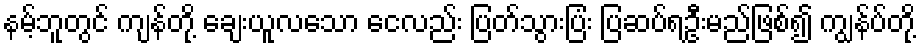
နမ့်ဘူတွင် ကျန်တို့ ချေးယူလသော ငေလည်း ပြတ်သွားပြံး ပြဆပ်ရဦးမည်ဖြစ်၍ ကျွန်ပ်တို့